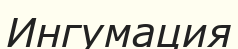
Ингумация